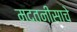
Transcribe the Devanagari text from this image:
मदतनीसाचे